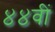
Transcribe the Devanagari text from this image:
४४वीं